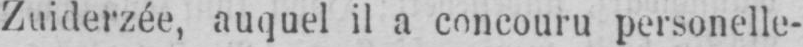
Zuiderzée, auquel il a concouru personelle-